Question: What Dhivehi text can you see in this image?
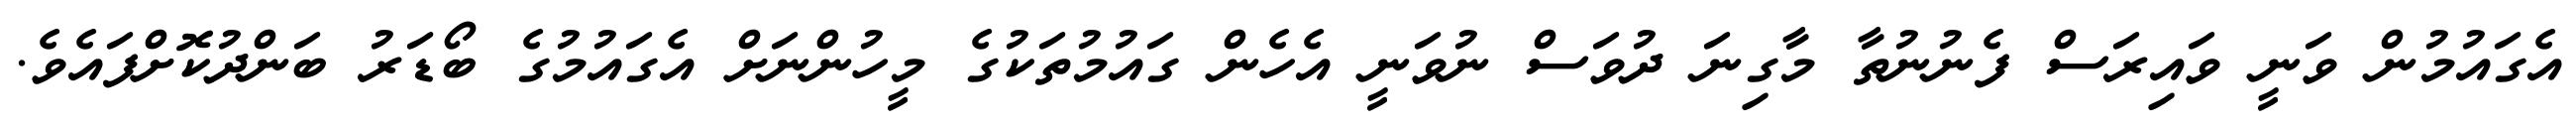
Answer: އެގައުމުން ވަނީ ވައިރަސް ފެނުނުތާ މާގިނަ ދުވަސް ނުވަނީ އެހެން ގައުމުތަކުގެ މީހުންނަށް އެގައުމުގެ ބޯޑަރު ބަންދުކޮށްފައެވެ.